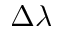
\Delta \lambda